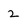
Character: 2